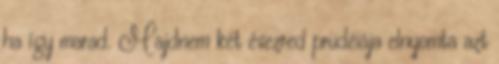
ha így marad. Majdnem két évezred prüdéiája elnyomta azt